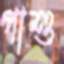
পাশু